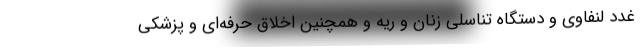
غدد لنفاوی و دستگاه تناسلی زنان و ریه و همچنین اخلاق حرفه‌ای و پزشکی